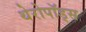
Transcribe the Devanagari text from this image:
थेरोपॉड्स